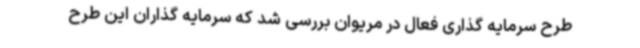
طرح سرمایه گذاری فعال در مریوان بررسی شد که سرمایه گذاران این طرح